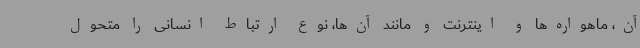
آن، ماهواره‌ها و اینترنت و مانند آن‌ها، نوع ارتباط انسانی را متحول